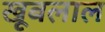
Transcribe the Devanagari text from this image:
खूबलाल